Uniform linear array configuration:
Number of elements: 12
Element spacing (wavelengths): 0.5
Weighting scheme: hamming
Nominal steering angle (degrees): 45
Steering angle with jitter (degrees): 43.106
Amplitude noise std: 0.05
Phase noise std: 0.05

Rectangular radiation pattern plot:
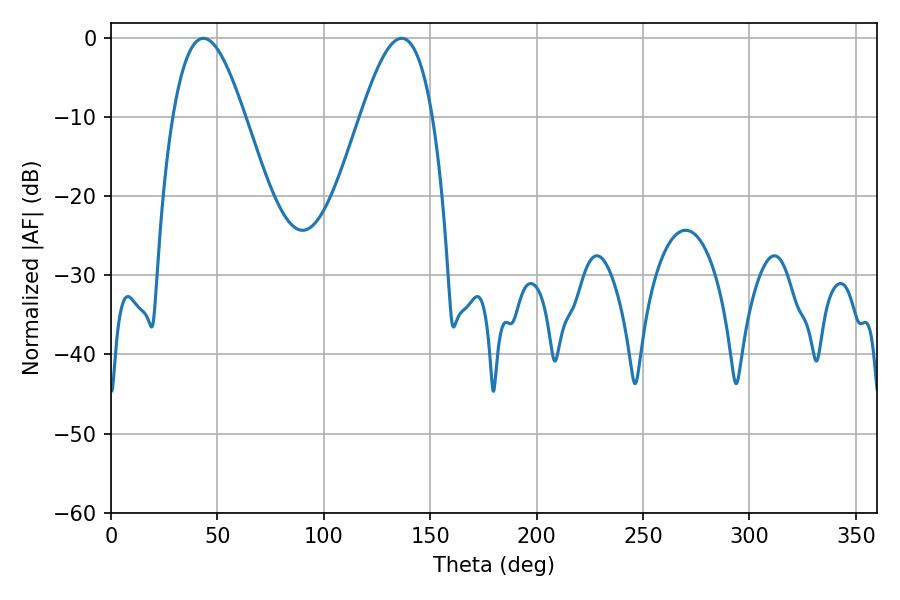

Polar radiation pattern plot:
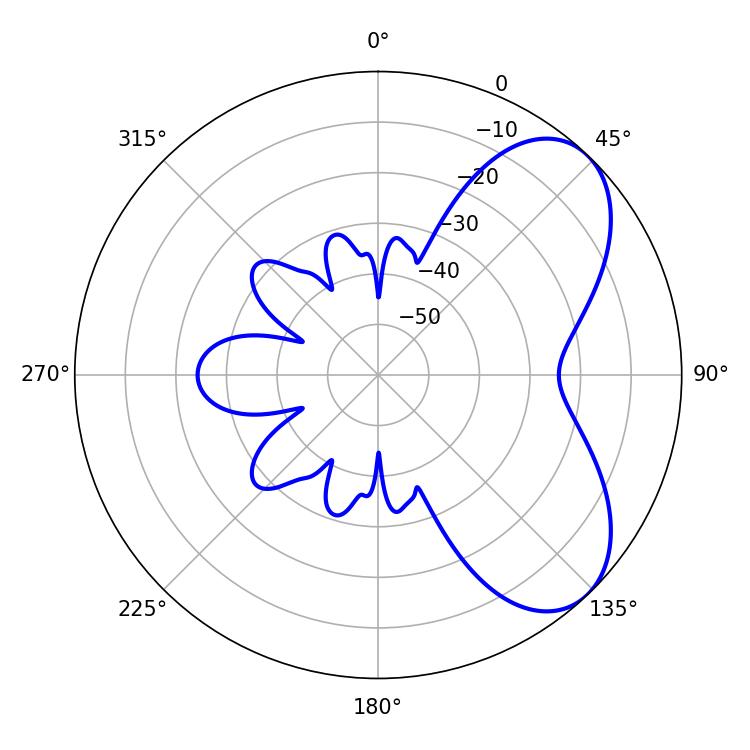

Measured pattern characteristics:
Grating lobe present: FALSE
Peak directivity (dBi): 6.117
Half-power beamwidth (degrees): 18.18
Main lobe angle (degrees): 43.38